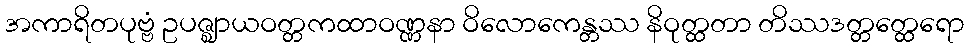
အကာရိတပုဗ္ဗံ ဥပဇ္ဈာယဝတ္တကထာဝဏ္ဏနာ ဝိလောကေန္တဿ နိဝုတ္ထတာ တိဿဒတ္တတ္ထေရော